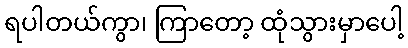
ရပါတယ်ကွာ၊ ကြာတော့ ထုံသွားမှာပေါ့